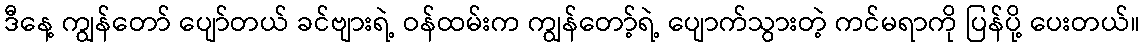
ဒီနေ့ ကျွန်တော် ပျော်တယ် ခင်ဗျားရဲ့ ဝန်ထမ်းက ကျွန်တော့်ရဲ့ ပျောက်သွားတဲ့ ကင်မရာကို ပြန်ပို့ ပေးတယ်။